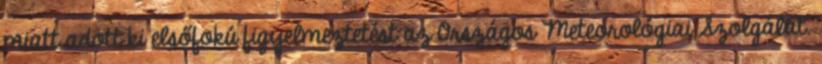
miatt adott ki elsőfokú figyelmeztetést az Országos Meteorológiai Szolgálat.